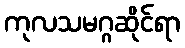
ကုလသမဂ္ဂဆိုင်ရာ